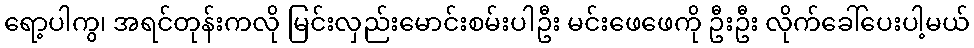
ရော့ပါကွ၊ အရင်တုန်းကလို မြင်းလှည်းမောင်းစမ်းပါဦး မင်းဖေဖေကို ဦးဦး လိုက်ခေါ်ပေးပါ့မယ်